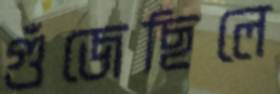
গুঁজেছিলে